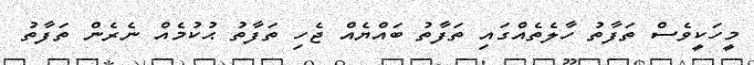
މީހަކީވެސް ތަފާތު ހާލެތެއްގައި ތަފާތު ބައްޔެއް ޖެހި ތަފާތު ޙުކުމެއް ނެރެން ތަފާތު